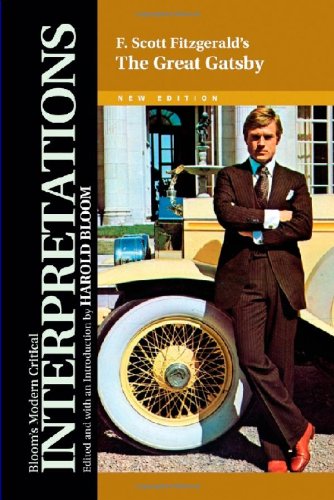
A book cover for The Great Gatsby (Bloom's Modern Critical Interpretations); Teen & Young Adult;